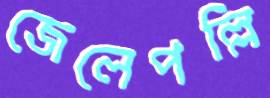
জেলেপল্লি